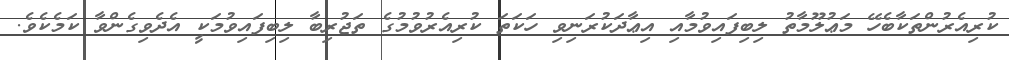
ކުރިއެރުންތަކާބެހޭ މަޢުލޫމާތު ލިބިފައިވުމާއި އިޢާދަކުރަނިވި ހަކަތަ ކުރިއެރުވުމުގެ ތަޖުރިބާ ލިބިފައިވުމަކީ އެދެވިގެންވާ ކަމެކެވެ.